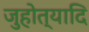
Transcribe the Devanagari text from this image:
जुहोत्यादि